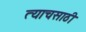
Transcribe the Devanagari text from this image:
त्याचसाठी